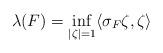
LaTeX: \begin{align*}\lambda(F)=\inf_{\vert\zeta\vert=1}\langle \sigma_F\zeta,\zeta\rangle\end{align*}